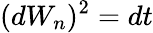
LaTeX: (dW_{n})^{2}=dt